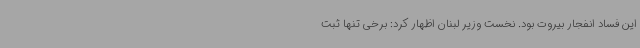
این فساد انفجار بیروت بود. نخست وزیر لبنان اظهار کرد: برخی تنها ثبت